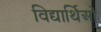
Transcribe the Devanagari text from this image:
विद्यार्थिओं